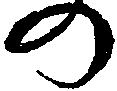
の